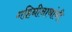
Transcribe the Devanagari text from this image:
गहिनीनाथांनी